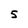
Character: 5